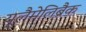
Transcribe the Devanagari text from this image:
यूलैमेलिब्रैक